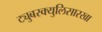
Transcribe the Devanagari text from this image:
ट्युबरक्युलिसारखा